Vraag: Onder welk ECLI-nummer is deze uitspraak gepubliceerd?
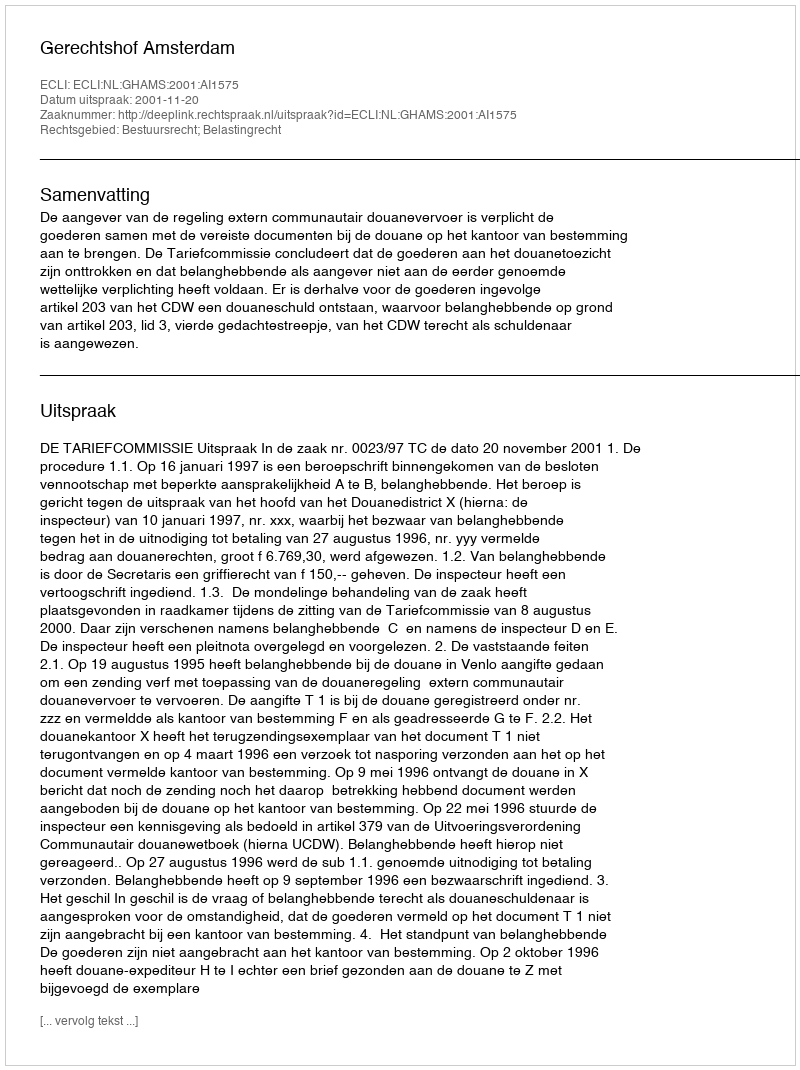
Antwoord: ECLI:NL:GHAMS:2001:AI1575